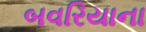
બવરિયાના